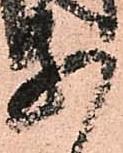
等